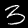
Label: 3